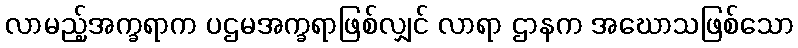
လာမည့်အက္ခရာက ပဌမအက္ခရာဖြစ်လျှင် လာရာ ဌာနက အဃောသဖြစ်သော